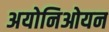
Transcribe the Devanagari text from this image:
अयोनिओयन